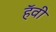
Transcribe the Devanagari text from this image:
हॅवी